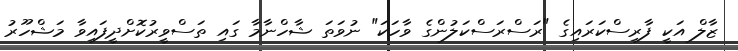
ޒާލް އަކީ ފާރިސްކަރައިގެ "ރަސްރަސްކަލުންގެ ވާހަކަ" ނުވަތަ ޝާހްނާމާ ގައި ތަސްވީރުކޮށްދީފައިވާ މަޝްހޫރު